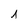
Character: 1